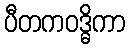
ပီတကဝဒ္ဓိကာ